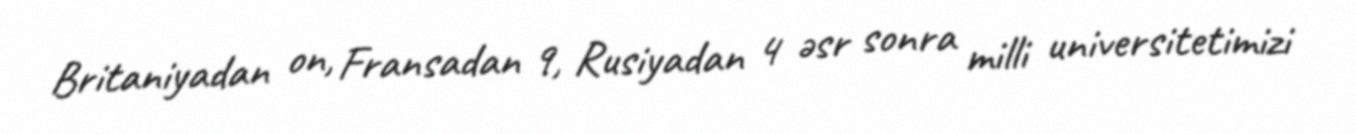
Britaniyadan on, Fransadan 9, Rusiyadan 4 əsr sonra milli universitetimizi